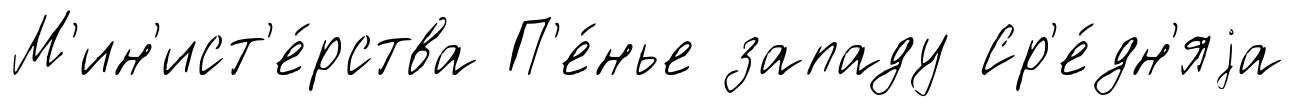
М'ин'ист'е́рства П'е́нье западу Ср'е́дн'яjа